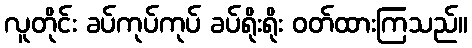
လူတိုင်း ခပ်ကုပ်ကုပ် ခပ်ရိုးရိုး ဝတ်ထားကြသည်။